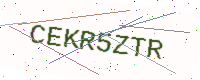
Text: CEKR5ZTR